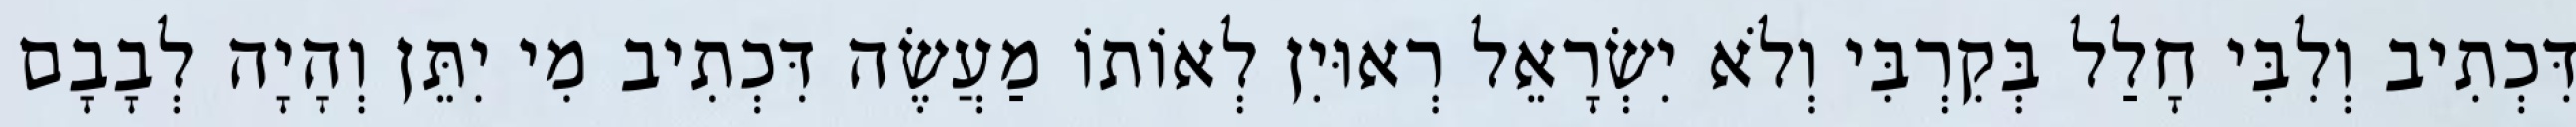
דִּכְתִיב וְלִבִּי חָלַל בְּקִרְבִּי וְלֹא יִשְׂרָאֵל רְאוּיִן לְאוֹתוֹ מַעֲשֶׂה דִּכְתִיב מִי יִתֵּן וְהָיָה לְבָבָם